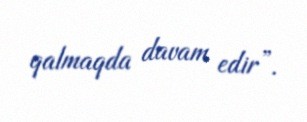
qalmaqda davam edir”.